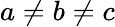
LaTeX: a\neq b\neq c